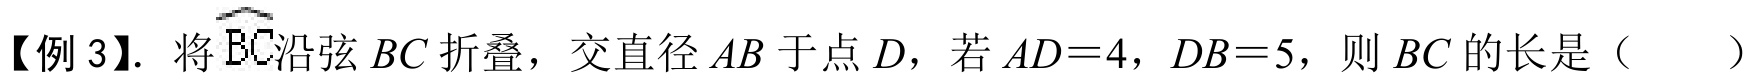
【例 3】. 将$\overset{\frown}{BC}$沿弦$BC$折叠，交直径$AB$于点$D$，若$AD = 4$，$DB = 5$，则$BC$的长是（  ）